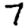
Digit: 7